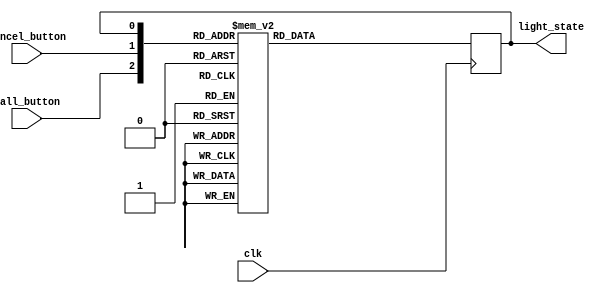
`timescale 1ns / 1ps
//////////////////////////////////////////////////////////////////////////////////
// Company: 
// Engineer: 
// 
// Design Name: 
// Module Name: flight_attendant_call_system
// Project Name: 
// Target Devices: 
// Tool Versions: 
// Description: 
// 
// Dependencies: 
// 
// Revision:
// Revision 0.01 - File Created
// Additional Comments:
// 
//////////////////////////////////////////////////////////////////////////////////


module flight_attendant_call_system(
    input wire clk,
    input wire call_button,
    input wire cancel_button,
    output reg light_state
    );
    
    reg next_state;
    
    always @(*) begin
    case ({call_button, cancel_button, light_state})
    3'b000: next_state = 1'b0;
    3'b001: next_state = 1'b1;
    3'b010: next_state = 1'b0;
    3'b011: next_state = 1'b0;
    3'b100: next_state = 1'b1;
    3'b101: next_state = 1'b1;
    3'b110: next_state = 1'b1;
    3'b111: next_state = 1'b1;
    default: next_state = 1'b0;
    endcase
end

always @(posedge clk) begin
    light_state <= next_state;
end
endmodule